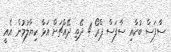
ސާފަސް ބުކާއި ސާފަސް ޕްރޯ 4 ދޭތި ދޭއްޗަށް އަޅާ ކިޔާލުމުން އެއީ